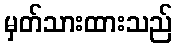
မှတ်သားထားသည်